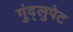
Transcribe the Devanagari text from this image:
गुंद्लुपेट